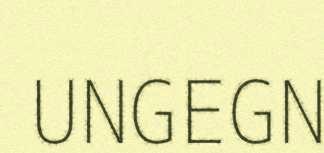
UNGEGN